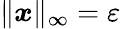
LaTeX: \| {\boldsymbol x}\| _{\infty}=\varepsilon